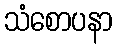
သံစောပနာ